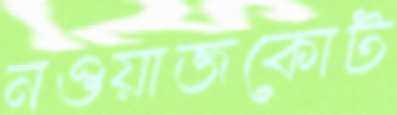
নওয়াজকোট